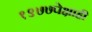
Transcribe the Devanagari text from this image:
१९७७पेक्षाही